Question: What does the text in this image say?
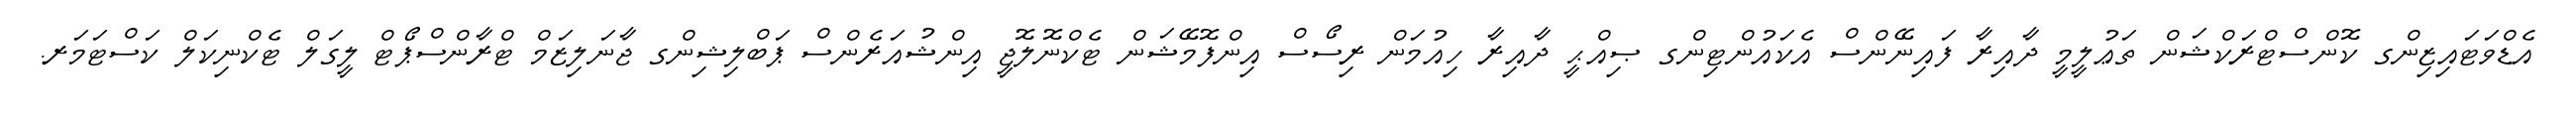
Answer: އެޑްވަޓައިޒިންގ ކޮންސްޓްރަކްޝަން ތަޢުލީމީ ދާއިރާ ފައިނޭންސް އެކައުންޓިންގ ޞިއްޙީ ދާއިރާ ހިއުމަން ރިސޯސް އިންފޮމޭޝަން ޓެކްނޮލޮޖީ އިންޝުއަރެންސް ޕަބްލިޝިންގ ޖާނަލިޒަމް ޓްރާންސްޕޯޓް ލީގަލް ޓެކްނިކަލް ކަސްޓަމަރ.